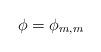
LaTeX: \begin{align*}\phi=\phi_{m,m}\end{align*}